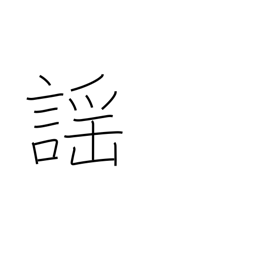
Meaning: noh chanting